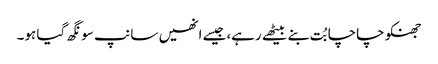
جھنکو چاچا بُت بنے بیٹھے رہے،جیسے انھیں سانپ سونگھ گیا ہو۔